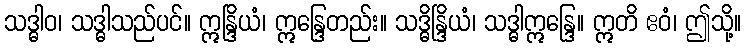
သဒ္ဓါဝ၊ သဒ္ဓါသည်ပင်။ ဣန္ဒြိယံ၊ ဣန္ဒြေတည်း။ သဒ္ဓိန္ဒြိယံ၊ သဒ္ဓါဣန္ဒြေ။ ဣတိ ဧဝံ၊ ဤသို့။